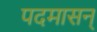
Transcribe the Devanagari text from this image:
पदमासन्